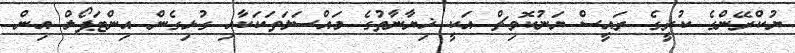
ޔުކްރޭންގެ ކުރީގެ ރައީސް ޔަނުކޮވިޗް އަކީ ޚިޔާނާތުގެ މައްސަލަތަކަކާއި ގުޅިގެން އިންޓަޕޯލް އިން